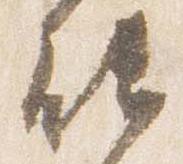
能